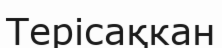
Терісақкан